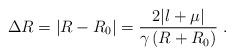
LaTeX: \begin{align*}\Delta R=\left| R-R_{0}\right| =\frac{2|l+\mu |}{\gamma \left(R+R_{0}\right) }\,\,. \end{align*}